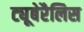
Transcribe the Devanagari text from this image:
ट्यूबेरैलिस